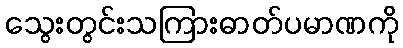
သွေးတွင်းသကြားဓာတ်ပမာဏကို